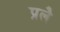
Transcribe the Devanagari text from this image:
प्रलै